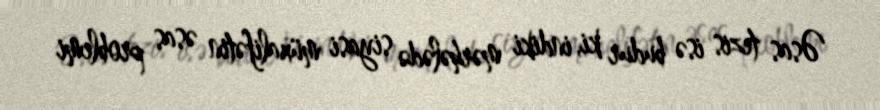
Əsas tezis isə budur ki, indiki mərhələdə siyasi müxalifətin əsas problemi